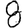
Digit: 8